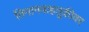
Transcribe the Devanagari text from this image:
विमानवाहतूकीवर